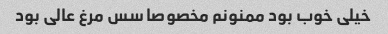
خیلی خوب بود ممنونم مخصوصا سس مرغ عالی بود